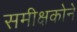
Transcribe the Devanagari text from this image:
समीक्षकोने